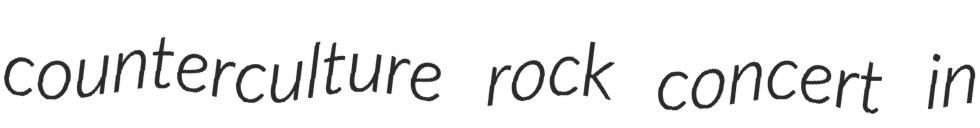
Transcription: counterculture rock concert in